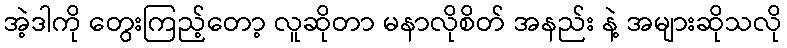
အဲ့ဒါကို တွေးကြည့်တော့ လူဆိုတာ မနာလိုစိတ် အနည်း နဲ့ အများဆိုသလို